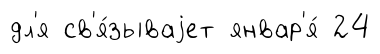
дл'я св'я́зываjет январ'я́ 24